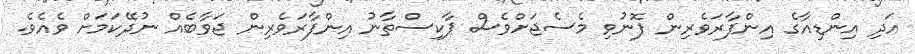
އަދި އިންޑިއާގެ އިންފާރަވެރިން ފޮނުވި މެސެޖަށްވެސް ޕާކިސްތާނު އިންފާރަވެރިން ޖަވާބެއް ނުދޭކަމަށް ވެއެވެ.